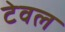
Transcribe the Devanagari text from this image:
टेवल